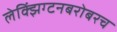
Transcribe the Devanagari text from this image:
लेक्झिंग्टनबरोबरच